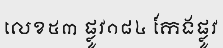
លេខ៥៣ ផ្លូវ១៨៤ កែងផ្លូវ